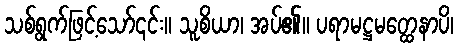
သစ်ရွက်ဖြင့်သော်၎င်း။ သူစိယာ၊ အပ်၏။ ပရာမဋ္ဌမတ္ထေနာပိ၊